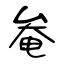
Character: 奙